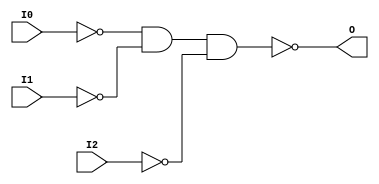
// $Header: /devl/xcs/repo/env/Databases/CAEInterfaces/verunilibs/data/unisims/NAND3B3.v,v 1.6 2007/05/23 21:43:39 patrickp Exp $
///////////////////////////////////////////////////////////////////////////////
// Copyright (c) 1995/2004 Xilinx, Inc.
// All Right Reserved.
///////////////////////////////////////////////////////////////////////////////
//   ____  ____
//  /   /\/   /
// /___/  \  /    Vendor : Xilinx
// \   \   \/     Version : 10.1
//  \   \         Description : Xilinx Functional Simulation Library Component
//  /   /                  3-input NAND Gate
// /___/   /\     Filename : NAND3B3.v
// \   \  /  \    Timestamp : Thu Mar 25 16:42:57 PST 2004
//  \___\/\___\
//
// Revision:
//    03/23/04 - Initial version.
//    05/23/07 - Changed timescale to 1 ps / 1 ps.
//    05/23/07 - Added wire declaration for internal signals.

`timescale  1 ps / 1 ps


module NAND3B3 (O, I0, I1, I2);

    output O;

    input  I0, I1, I2;

    wire i0_inv;
    wire i1_inv;
    wire i2_inv;

    not N2 (i2_inv, I2);
    not N1 (i1_inv, I1);
    not N0 (i0_inv, I0);
    nand A1 (O, i0_inv, i1_inv, i2_inv);


endmodule